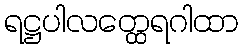
ရဋ္ဌပါလတ္ထေရဂါထာ